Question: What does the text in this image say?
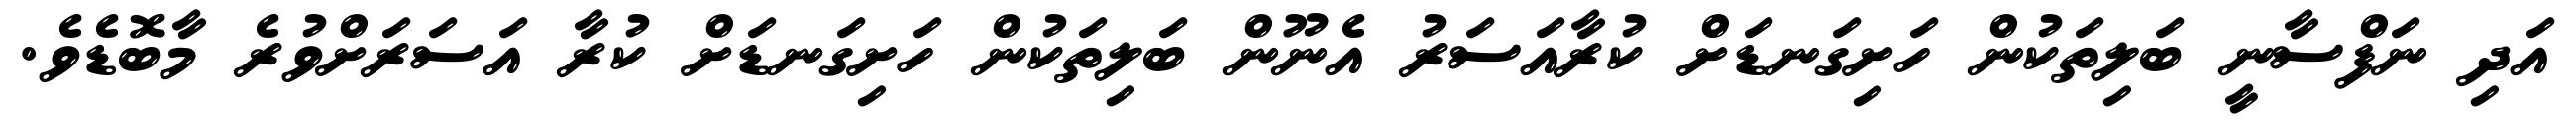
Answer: އަދި ނަފްސާނީ ބަލިތަކުން ހަށިގަނޑަށް ކުރާއަސަރު އެނޫން ބަލިތަކުން ހަށިގަނޑަށް ކުރާ އަސަރަށްވުރެ މާބޮޑެވެ.